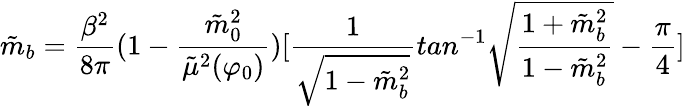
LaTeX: \tilde{m}_{b}={\frac{\beta^{2}}{8\pi}}(1-{\frac{\tilde{m}_{0}^{2}}{\tilde{\mu}^{2}(\varphi_{0})}})[{\frac{1}{\sqrt{1-\tilde{m}_{b}^{2}}}}tan^{-1}\sqrt{{\frac{1+\tilde{m}_{b}^{2}}{1-\tilde{m}_{b}^{2}}}}-{\frac{\pi}{4}}]